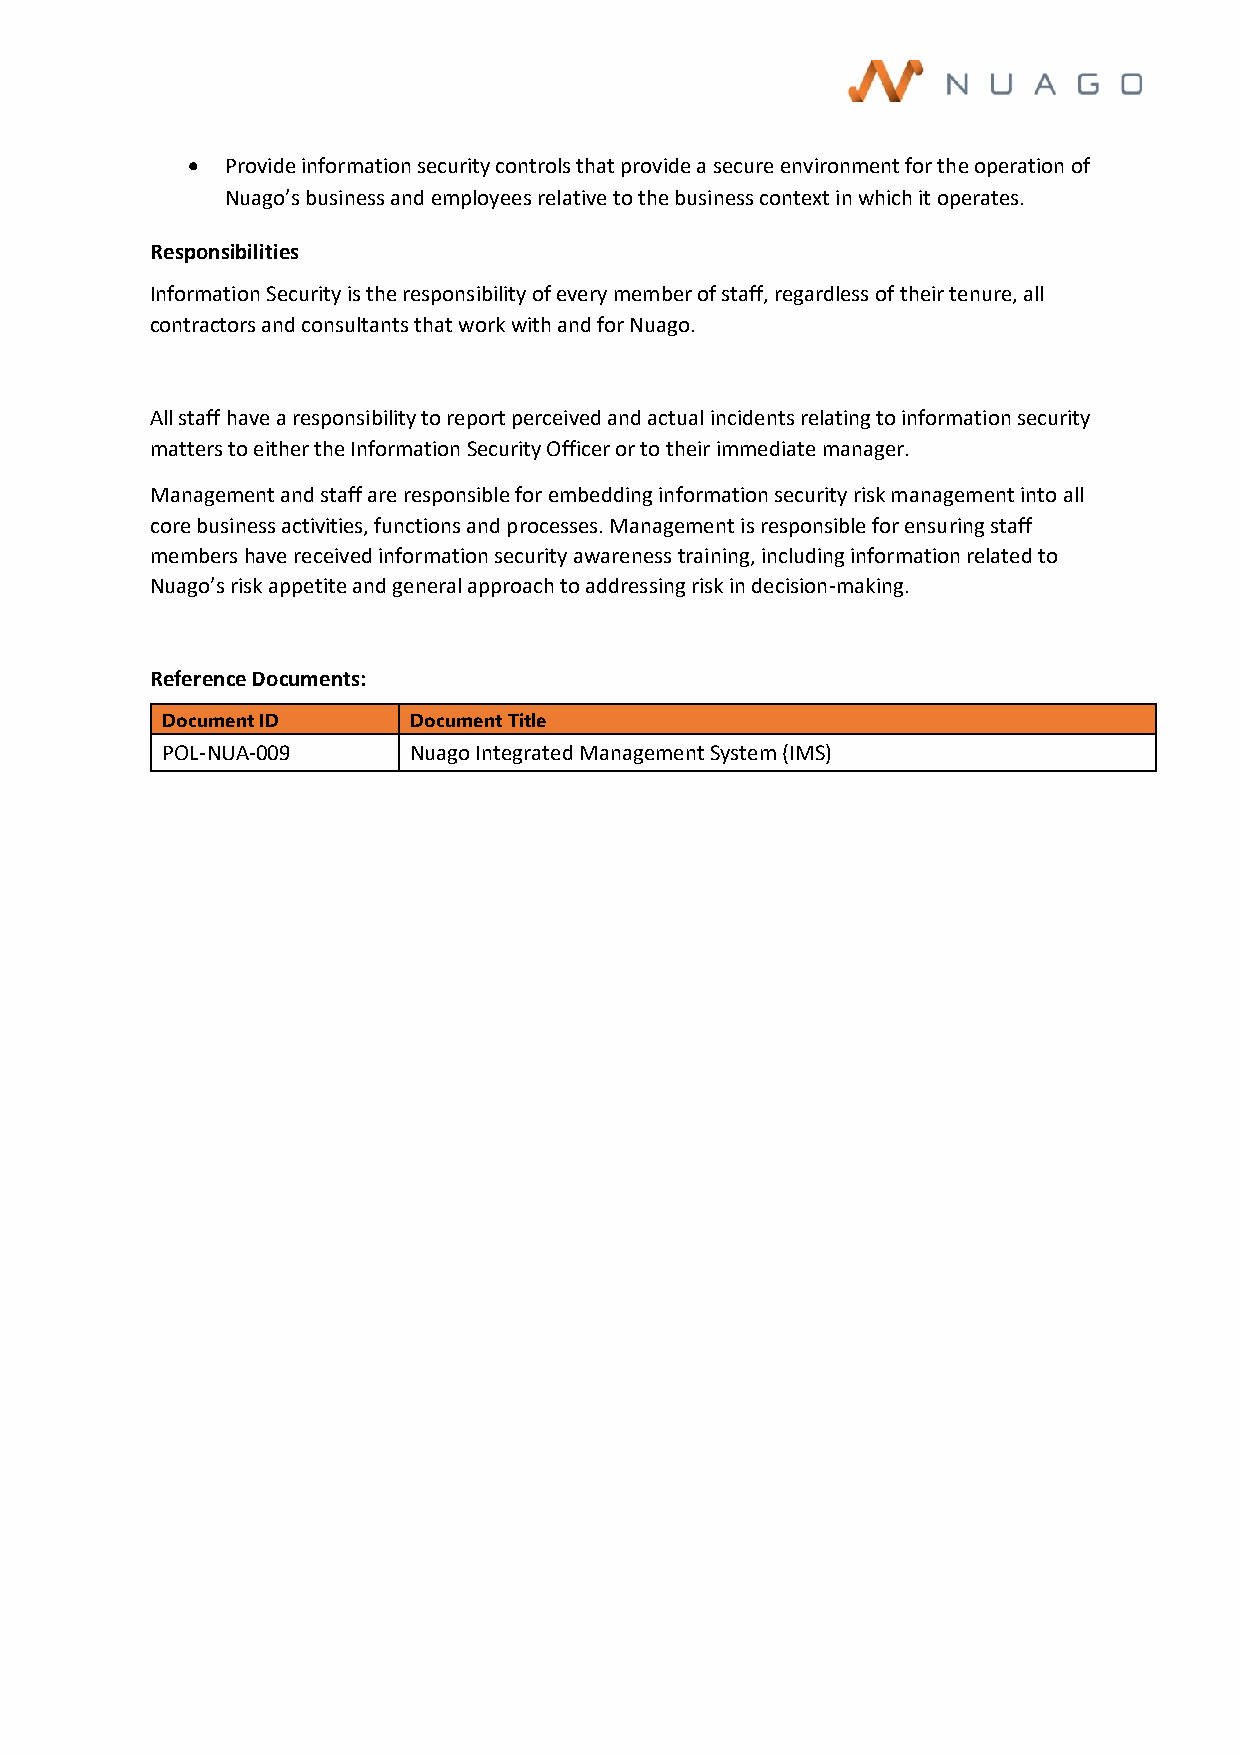
•  Provide information security controls that provide a secure environment for the operation of
 Nuago’s business and employees relative to the business context in which it operates.
 Responsibilities
 Information Security is the responsibility of every member of staff, regardless of their tenure, all
 contractors and consultants that work with and for Nuago.
 All staff have a responsibility to report perceived and actual incidents relating to information security
 matters to either the Information Security Officer or to their immediate manager.
 Management and staff are responsible for embedding information security risk management into all
 core business activities, functions and processes. Management is responsible for ensuring staff
 members have received information security awareness training, including information related to
 Nuago’s risk appetite and general approach to addressing risk in decision-making.
 Reference Documents:
 Document ID     Document Title
 POL-NUA-009     Nuago Integrated Management System (IMS)